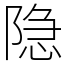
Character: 隐